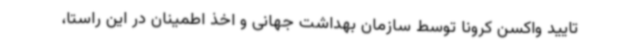
تایید واکسن کرونا توسط سازمان بهداشت جهانی و اخذ اطمینان در این راستا،